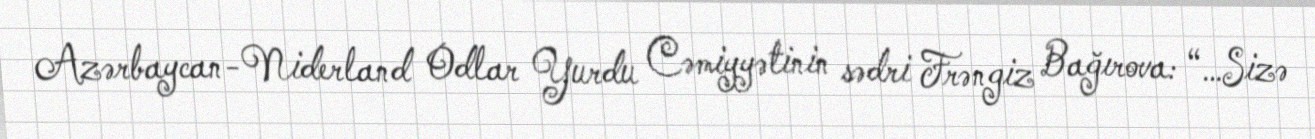
Azərbaycan-Niderland Odlar Yurdu Cəmiyyətinin sədri Frəngiz Bağırova: “…Sizə